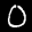
Label: 0